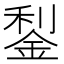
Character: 鋫